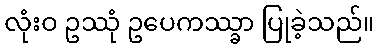
လုံးဝ ဥဿုံ ဥပေကဿ္ခာ ပြုခဲ့သည်။